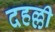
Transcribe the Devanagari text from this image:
दहल्ली